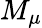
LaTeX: M_{\mu}